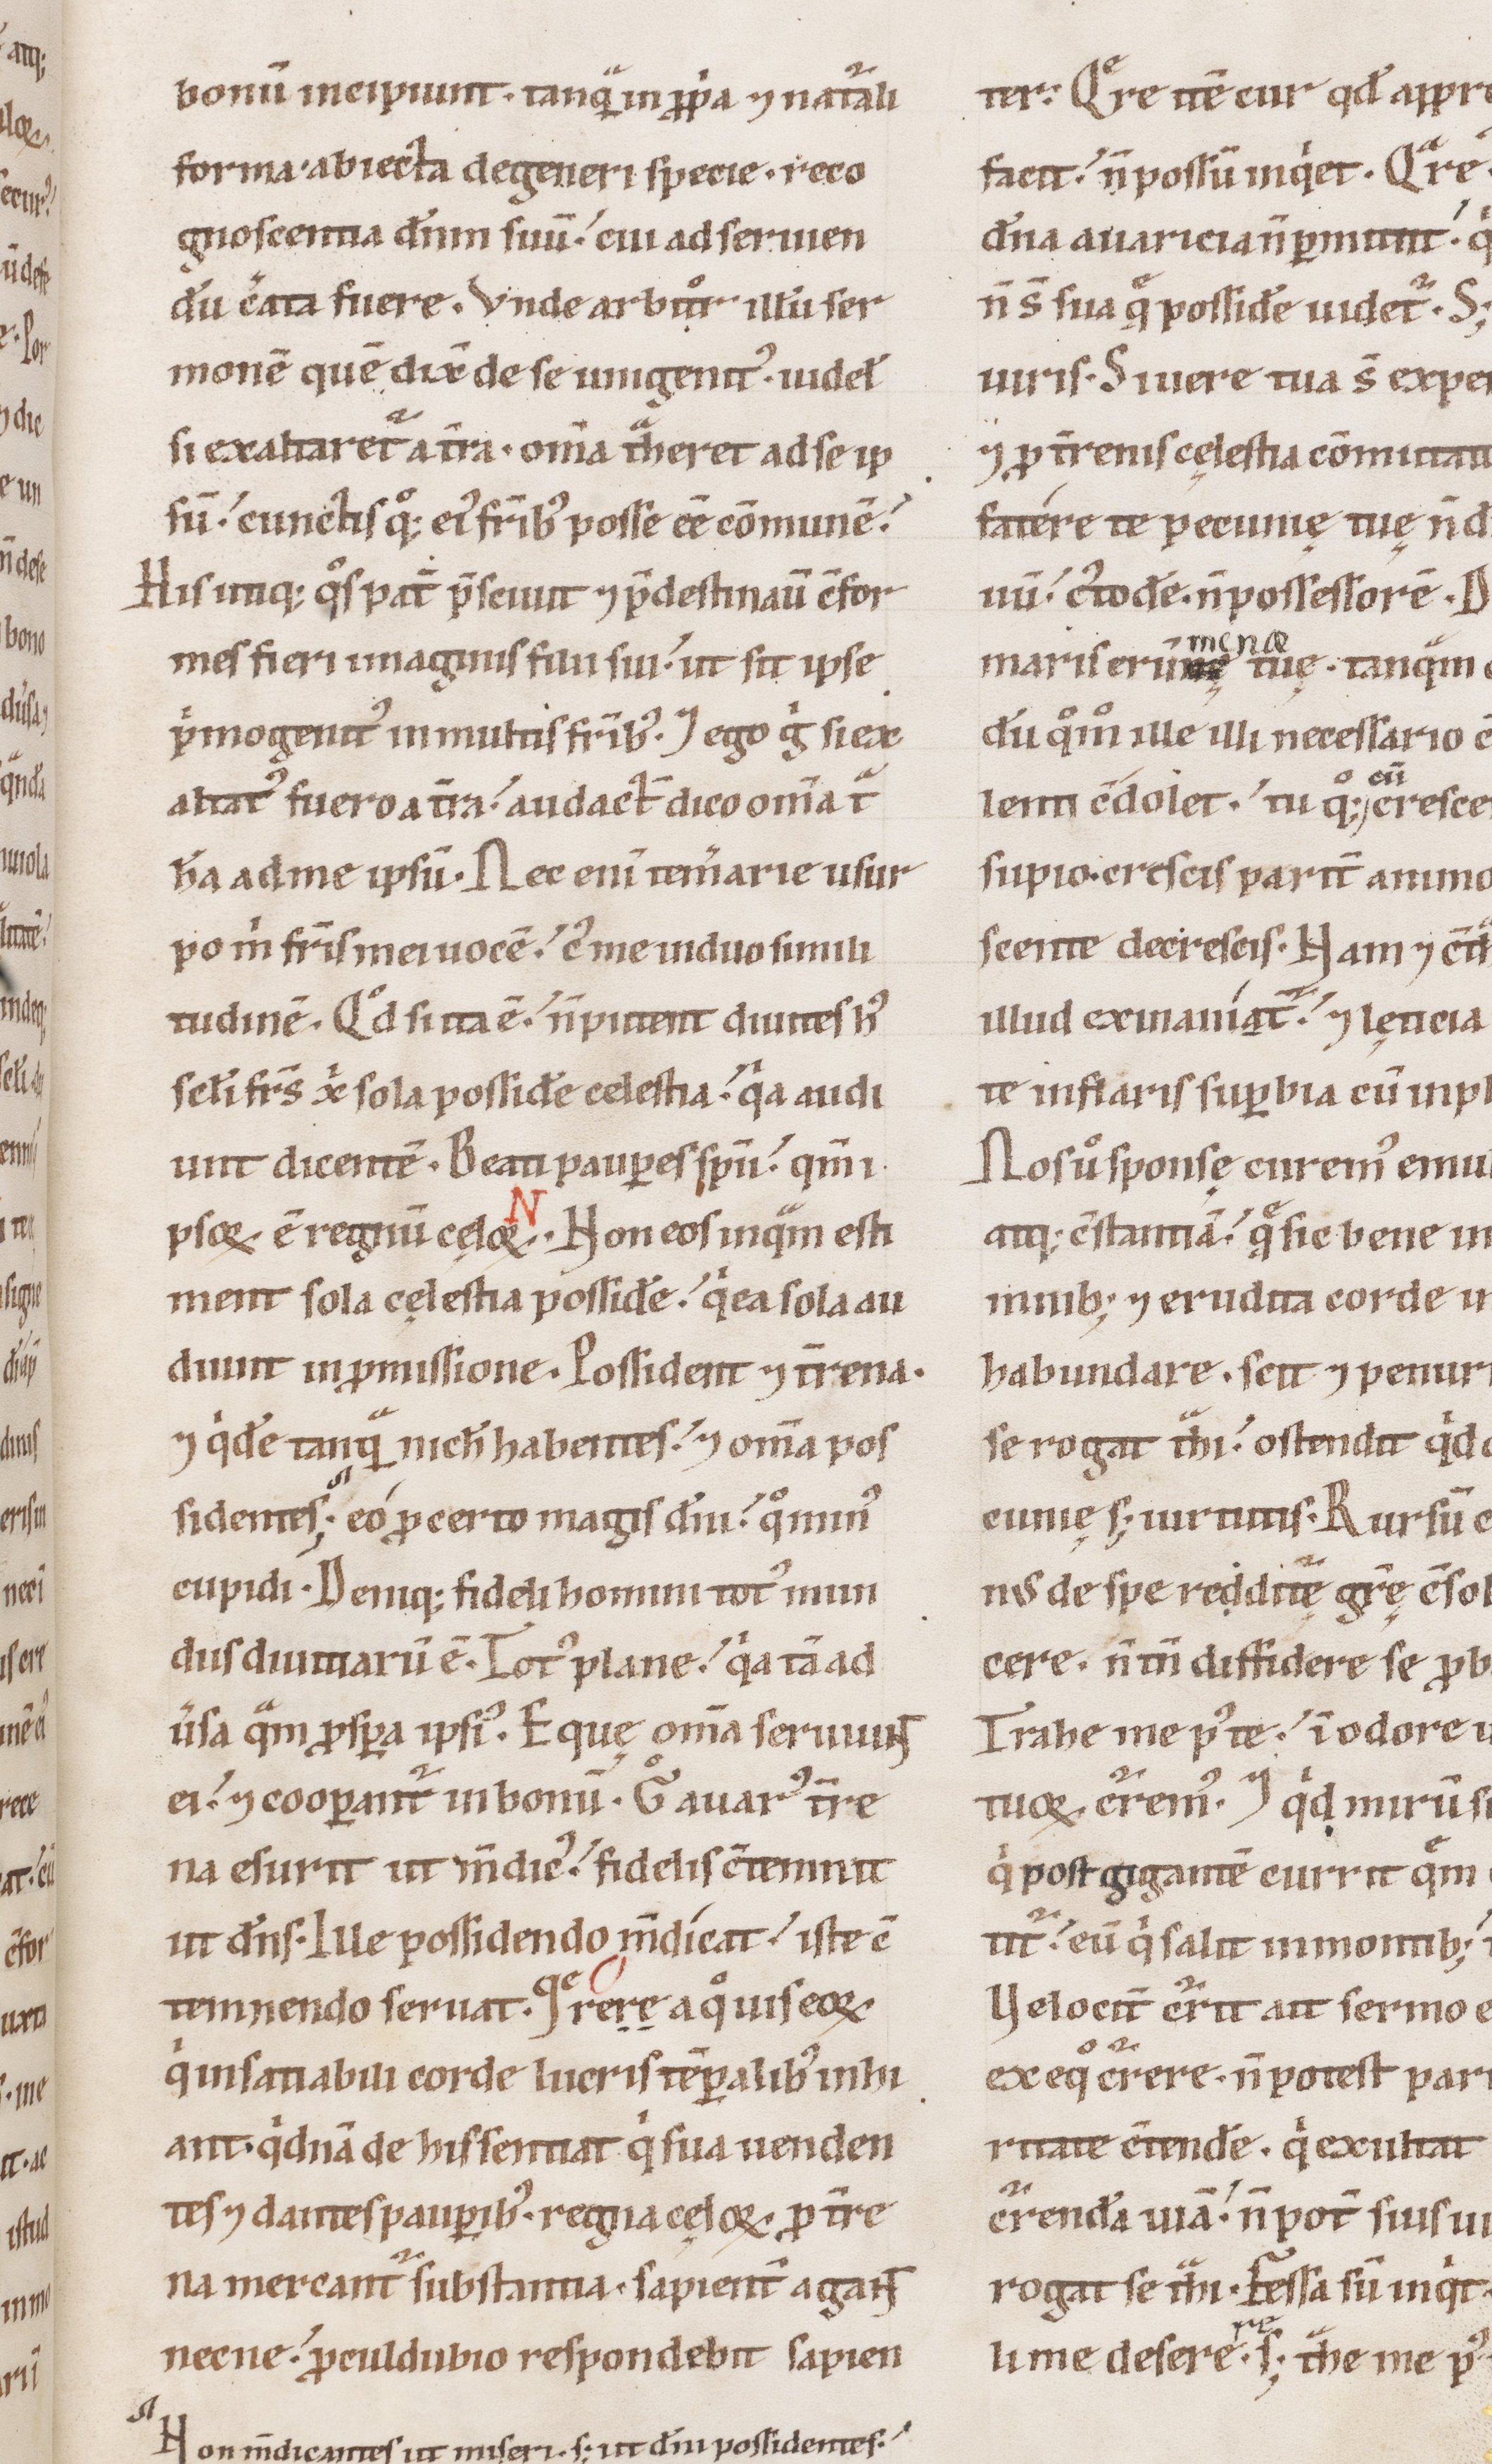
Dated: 1100–1199